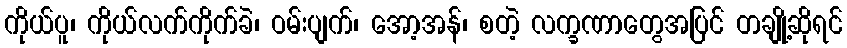
ကိုယ်ပူ၊ ကိုယ်လက်ကိုက်ခဲ၊ ဝမ်းပျက်၊ အော့အန်၊ စတဲ့ လက္ခဏာတွေအပြင် တချို့ဆိုရင်